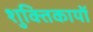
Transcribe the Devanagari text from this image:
शुक्तिकायों